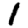
Digit: 1